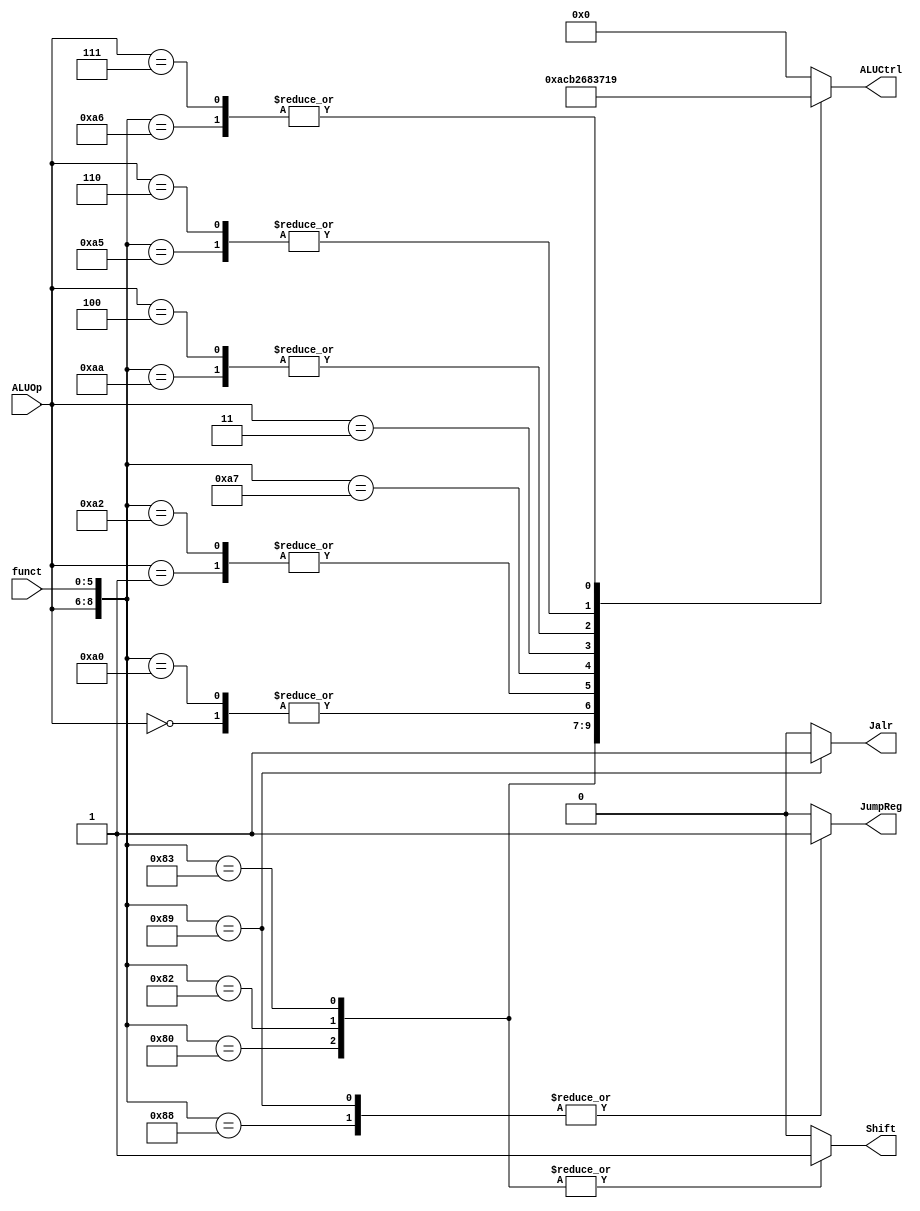
module ALU_CONTROL(
    funct,
    ALUOp,
    ALUCtrl,
    JumpReg, 
    Shift,
    Jalr
);
//==== io Declaration =========================
    input      [5:0] funct;
    input      [2:0] ALUOp;
    output reg [3:0] ALUCtrl;
    output reg       JumpReg, Shift, Jalr;
    
//==== Reg/Wire Declaration ===================
    wire       [8:0] temp;
    assign temp = { ALUOp, funct };
    
    always @(*) begin
        casex(temp)
            9'b000xxxxxx: begin // j, addi, lw, sw ==> add
                ALUCtrl = 4'b0010;
                JumpReg = 0;
                Shift   = 0;
                Jalr    = 0;
            end
            9'b001xxxxxx: begin // beq ==> substract
                ALUCtrl = 4'b0110;
                JumpReg = 0;
                Shift   = 0;
                Jalr    = 0;
            end
            9'b010000000: begin // 00: sll
                ALUCtrl = 4'b1010;
                JumpReg = 0;
                Shift   = 1;
                Jalr    = 0;
            end
            9'b010000010: begin // 02: srl
                ALUCtrl = 4'b1100;
                JumpReg = 0;
                Shift   = 1;
                Jalr    = 0;
            end
            9'b010000011: begin // 03: sra
                ALUCtrl = 4'b1011;
                JumpReg = 0;
                Shift   = 1;
                Jalr    = 0;
            end
            9'b010001000: begin // 08: jr
                ALUCtrl = 4'b0000; // xxxx
                JumpReg = 1;
                Shift   = 0;
                Jalr    = 0;
            end
            9'b010001001: begin // 08: jalr
                ALUCtrl = 4'b0000; // xxxx
                JumpReg = 1;
                Shift   = 0;
                Jalr    = 1;
            end
            9'b010100000: begin // 20: add
                ALUCtrl = 4'b0010;
                JumpReg = 0;
                Shift   = 0;
                Jalr    = 0;
            end
            9'b010100010: begin // 22: sub
                ALUCtrl = 4'b0110;
                JumpReg = 0;
                Shift   = 0;
                Jalr    = 0;
            end
            9'b010100100: begin // 24: and
                ALUCtrl = 4'b0000;
                JumpReg = 0;
                Shift   = 0;
                Jalr    = 0;
            end
            9'b010100101: begin // 25: or
                ALUCtrl = 4'b0001;
                JumpReg = 0;
                Shift   = 0;
                Jalr    = 0;
            end
            9'b010100110: begin // 26: xor
                ALUCtrl = 4'b1001;
                JumpReg = 0;
                Shift   = 0;
                Jalr    = 0;
            end
            9'b010100111: begin // 27: nor
                ALUCtrl = 4'b1000;
                JumpReg = 0;
                Shift   = 0;
                Jalr    = 0;
            end
            9'b010101010: begin // 2a: slt
                ALUCtrl = 4'b0111;
                JumpReg = 0;
                Shift   = 0;
                Jalr    = 0;
            end
            9'b011xxxxxx: begin // bne
                ALUCtrl = 4'b0011;
                JumpReg = 0;
                Shift   = 0;
                Jalr    = 0;
            end
            9'b100xxxxxx: begin // slti
                ALUCtrl = 4'b0111;
                JumpReg = 0;
                Shift   = 0;
                Jalr    = 0;
            end
            9'b101xxxxxx: begin // andi
                ALUCtrl = 4'b0000;
                JumpReg = 0;
                Shift   = 0;
                Jalr    = 0;
            end
            9'b110xxxxxx: begin // ori
                ALUCtrl = 4'b0001;
                JumpReg = 0;
                Shift   = 0;
                Jalr    = 0;
            end
            9'b111xxxxxx: begin // xori
                ALUCtrl = 4'b1001;
                JumpReg = 0;
                Shift   = 0;
                Jalr    = 0;
            end
            default: begin
                ALUCtrl = 4'b0000;
                JumpReg = 0;
                Shift   = 0;
                Jalr    = 0;
            end
        endcase
    end
endmodule